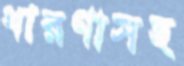
ধারণাসহ